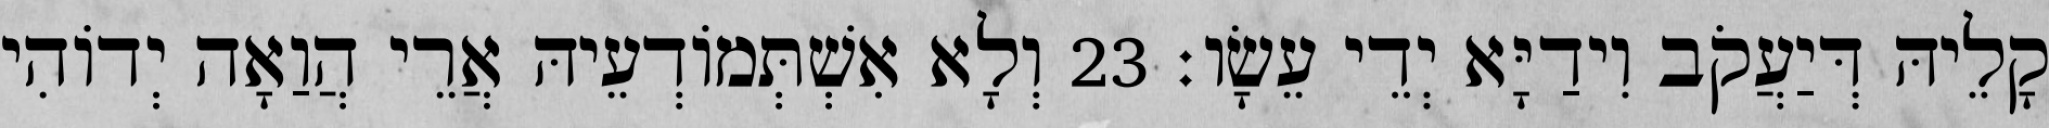
קָלֵיהּ דְּיַעֲקֹב וִידַיָּא יְדֵי עֵשָׂו׃ 23 וְלָא אִשְׁתְּמוֹדְעֵיהּ אֲרֵי הֲוַאָה יְדוֹהִי